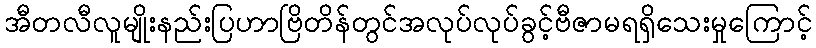
အီတလီလူမျိုးနည်းပြဟာဗြိတိန်တွင်အလုပ်လုပ်ခွင့်ဗီဇာမရရှိသေးမှုကြောင့်